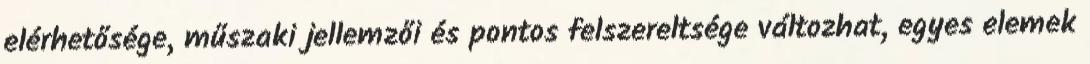
elérhetősége, műszaki jellemzői és pontos felszereltsége változhat, egyes elemek